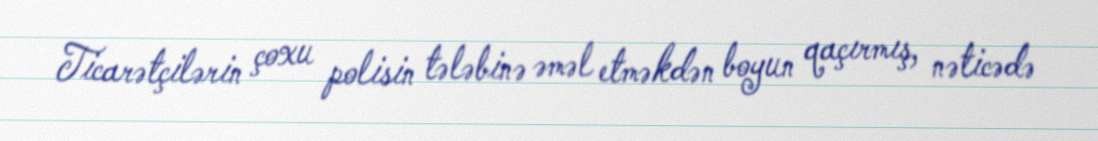
Ticarətçilərin çoxu polisin tələbinə əməl etməkdən boyun qaçırmış, nəticədə